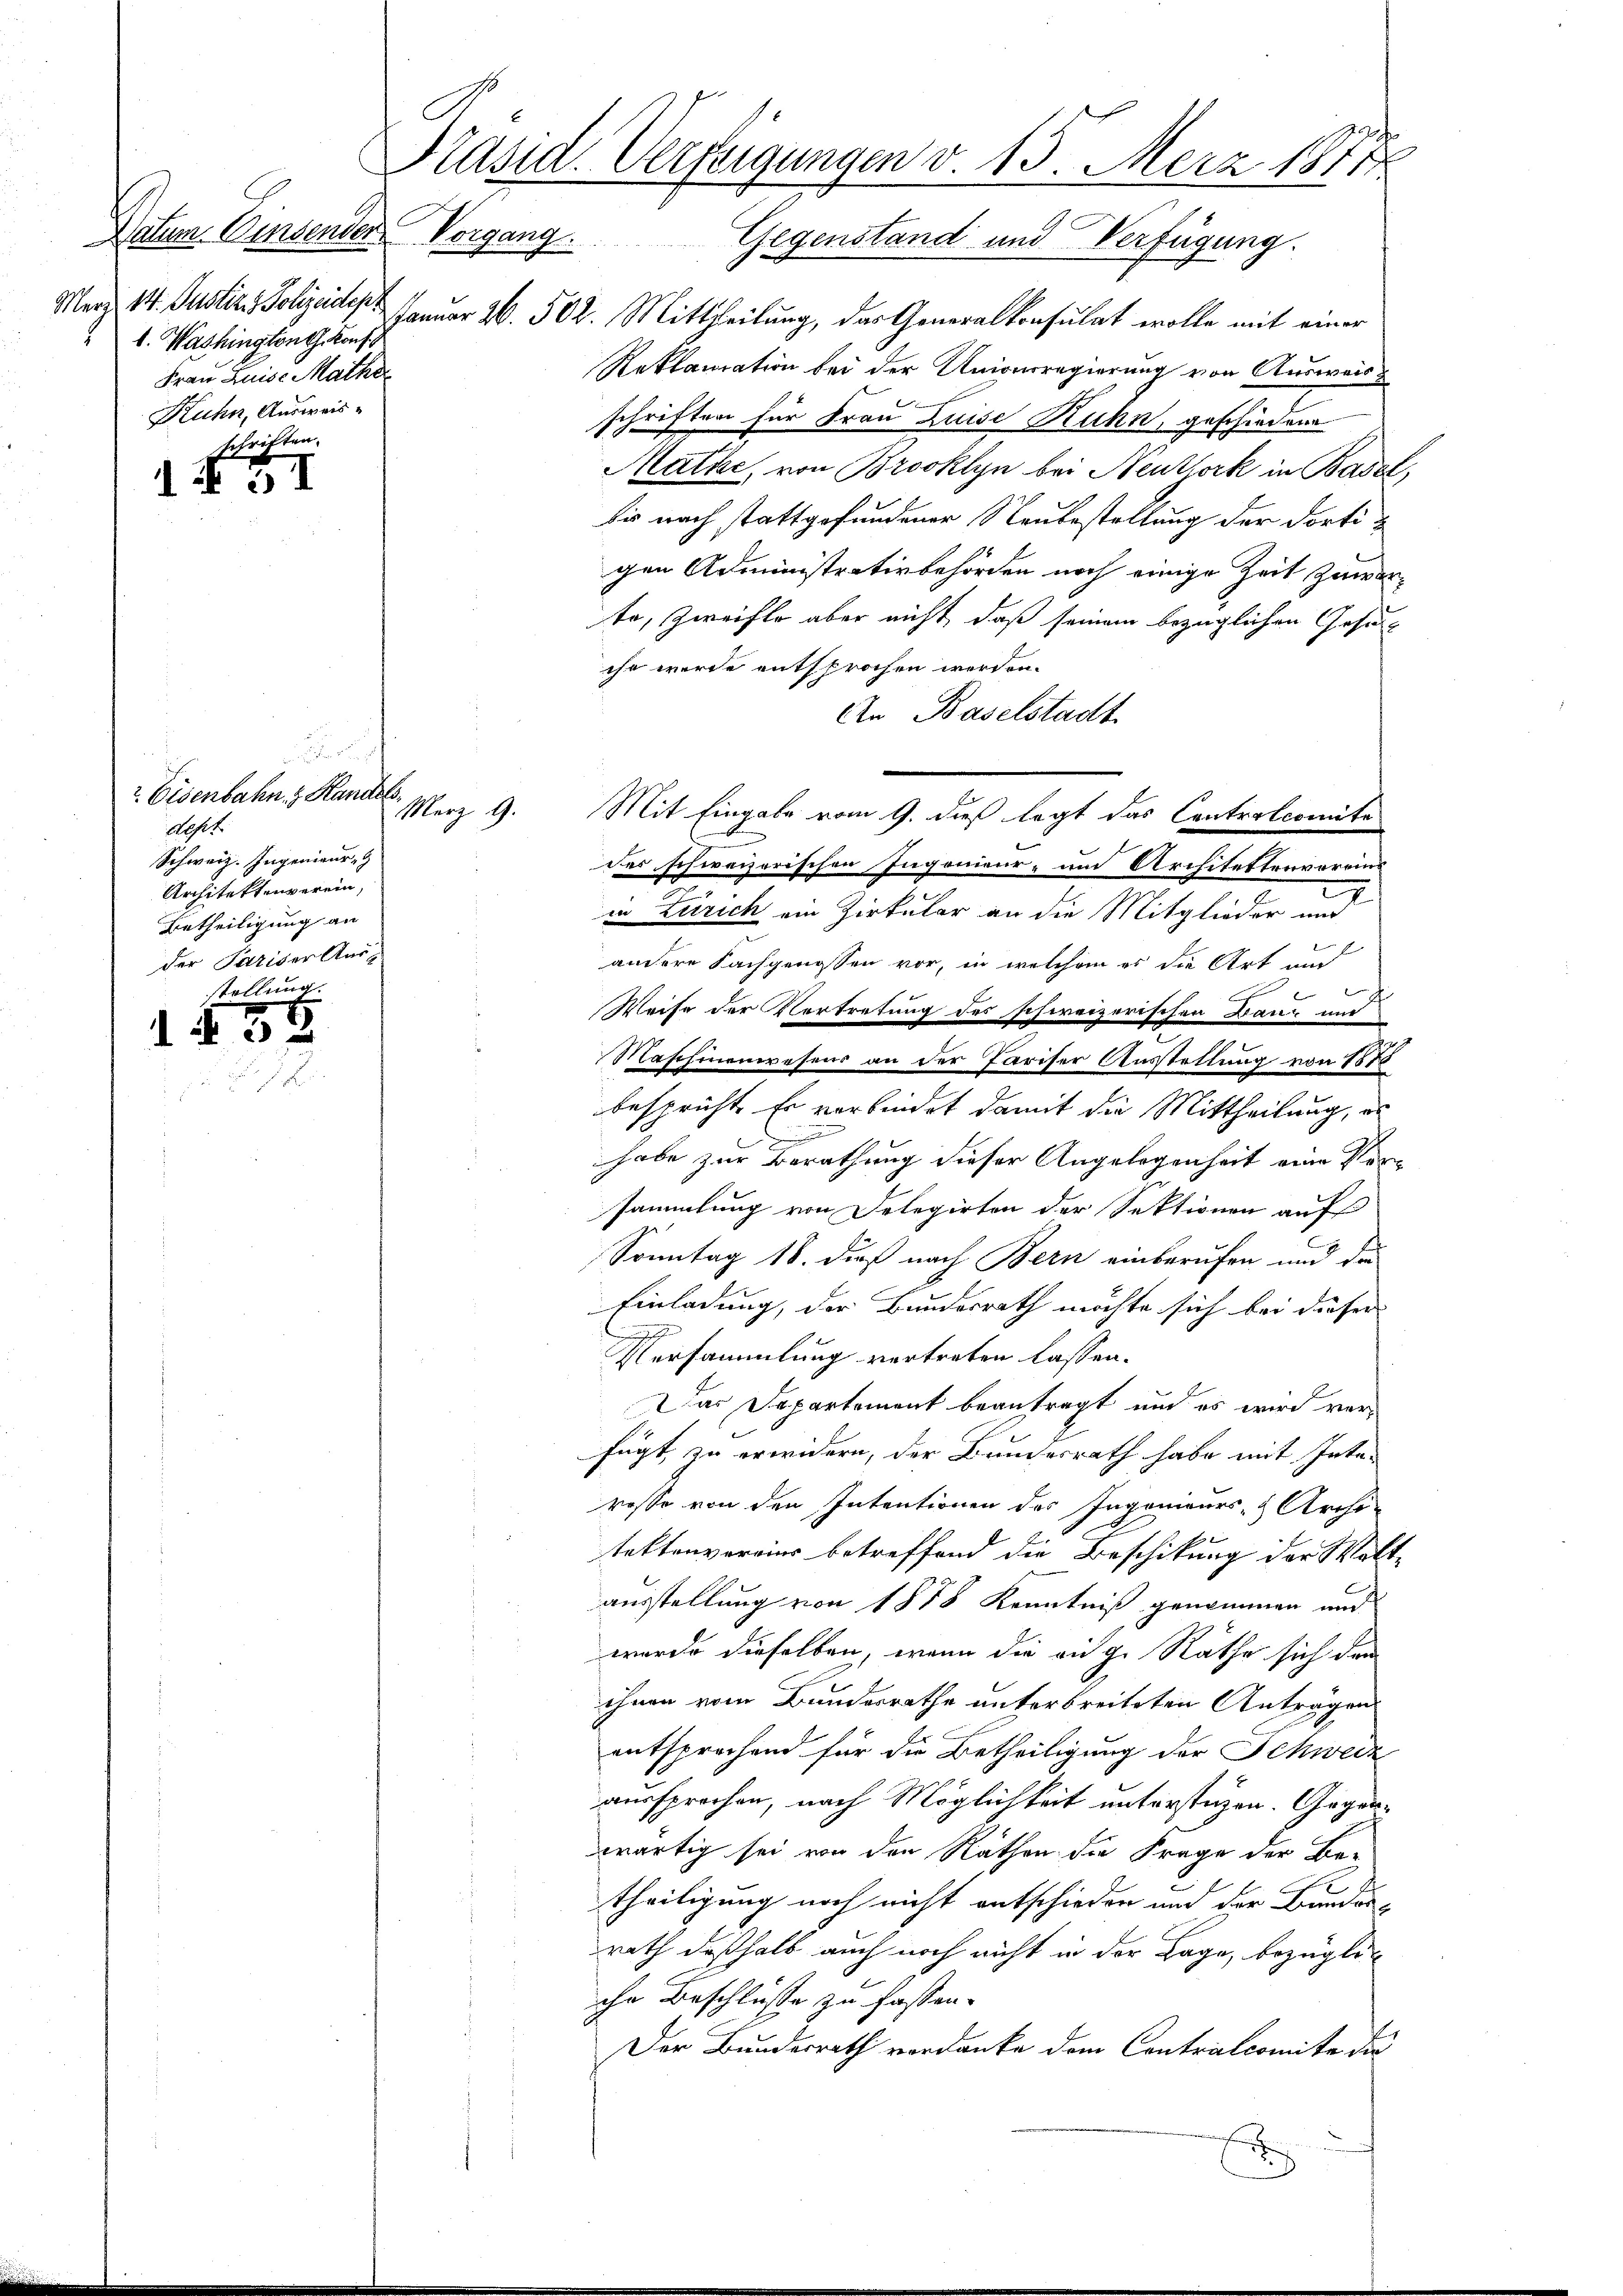
Datum Einsender Vorgang
Merz, 14. Justiz & Polizeidepa
l. Washington Konf
Frau Luise Mathe
Kuhn, Ausweis
schriften.

. N. 11

u
r Eisenbahn z. Handels
Aoseh
Schweiz. Ingenieur-
Architektenverein,
Betheiligung an
der Pariser Ausstellung.

a

38

Januar 26. 502. Mittheilung, das Generalkonsulat wolle mit einer
Reklamation bei der Unionsregierung von Ausweis
schriften für Frau Luise Ruhn, geschiedene
Mathe, von Brooklyn bei Neuksork in Basel,
bis nach stattgefundener Neubestellung der Fortigen Administrativbehörden noch einige Zeit zuwarte, Zweifle aber nicht, daß seinem bezüglichen Gesuch
che wurde entsprochen werden.
An Baselstadt
Merz 9. Mit Eingabe vom 9. dieß legt das Controlcomite
des schweizerischen Ingenieur- und Architektenvereins
.
in Zürich ein Zirkular an die Mitglieder und
andere Fachgenossen vor, in welchem es die Art und
Weise der Vertretung des schweizerischen Baude und
Maschinenwesens an der Pariser Ausstellung von 1518
bespricht. Er verbindet damit die Mittheilung, es

habe zur Berathung dieser Angelegenheit eine Vorsammlung von Delegirten der Sektionen auf
Sonntag 18. dieß nach Bern einberufen und die
Einladung, der Bundesrath möchte sich bei dieser
n
Versammlung vertreten lassen.
Das Departement beantragt und es wird verfügt, zu erwidern, der Bundesrath habe mit Inte-
rosse von den Intentionen des Ingenieurs- & Archi-
taktenvereins betreffend die Beschikung der Walte
ausstellung von 1858 Kenntniß genommen und
wurde dieselben, wenn die an g. Räthe sich den
ihnen vom Bundesrathe unterbreiteten Anträgen
entsprochend für die Betheiligung der Schweiz
aussprochen, nach Möglichkeit unterstüzen. Gegenwärtig sei von den Räthen die Frage der Be-
theiligung noch nicht entschieden und der Bundes-
rath deßhalb auch noch nicht in der Lage, bezüglic
che Beschlüsse zu fassen.
Er
Der Bundesrath verdanke dem Contralcomite die
d

Präsid. Verfügungen v. 15. März 1877
Gegenstand und Verfügung.